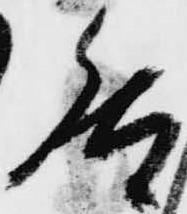
然